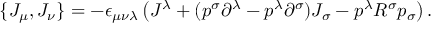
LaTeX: \{ J _ { \mu } , J _ { \nu } \} = - \epsilon _ { \mu \nu \lambda } \left( J ^ { \lambda } + ( p ^ { \sigma } \partial ^ { \lambda } - p ^ { \lambda } \partial ^ { \sigma } ) J _ { \sigma } - p ^ { \lambda } R ^ { \sigma } p _ { \sigma } \right) .